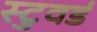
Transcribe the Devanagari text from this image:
स्टुवर्ड